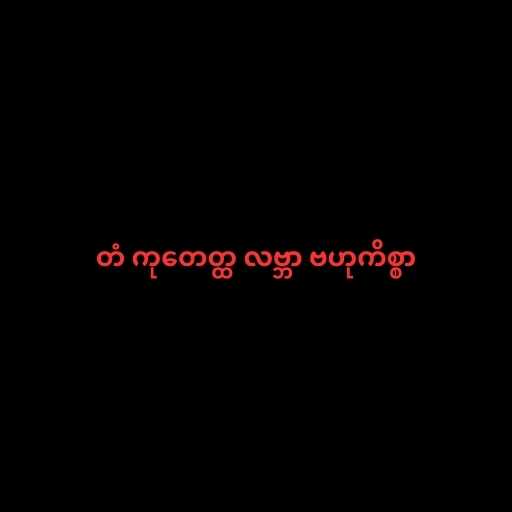
တံ ကုတေတ္ထ လဗ္ဘာ ဗဟုကိစ္စာ